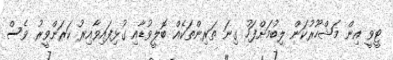
ޓީވީ އިން މަޝްހޫރުކަން ލިބުމަށްފަހު ގިނަ ތަރިންތަކެއް ބޮލީވުޑާއި ގުޅިފައިވާއިރު ކަރަންވީރު ވެސް